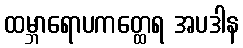
ထမ္ဘာရောပကတ္ထေရ အပဒါန